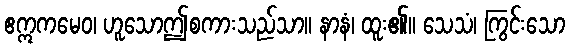
ဧဣကမေဝ၊ ဟူသောဤစကားသည်သာ။ နာနံ၊ ထူး၏။ သေသံ၊ ကြွင်းသော